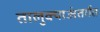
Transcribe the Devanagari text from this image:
तालुक्याअंतर्गत